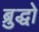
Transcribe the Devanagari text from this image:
ब्रुद्धो